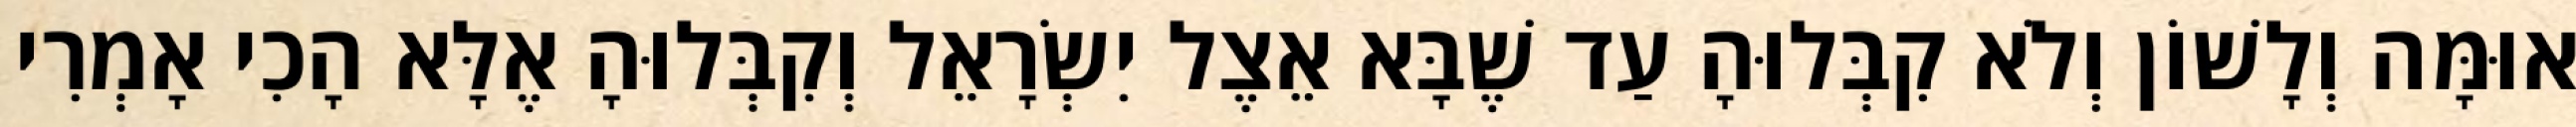
אוּמָּה וְלָשׁוֹן וְלֹא קִבְּלוּהָ עַד שֶׁבָּא אֵצֶל יִשְׂרָאֵל וְקִבְּלוּהָ אֶלָּא הָכִי אָמְרִי